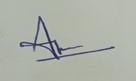
Signature authenticity: genuine